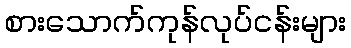
စားသောက်ကုန်လုပ်ငန်းများ